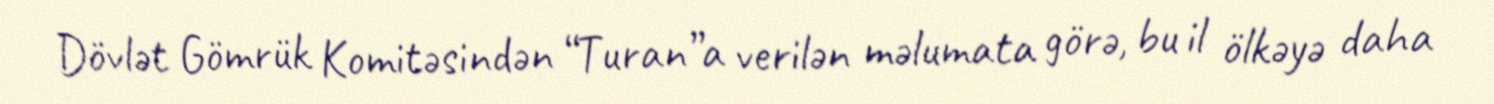
Dövlət Gömrük Komitəsindən “Turan”a verilən məlumata görə, bu il ölkəyə daha